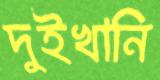
দুইখানি